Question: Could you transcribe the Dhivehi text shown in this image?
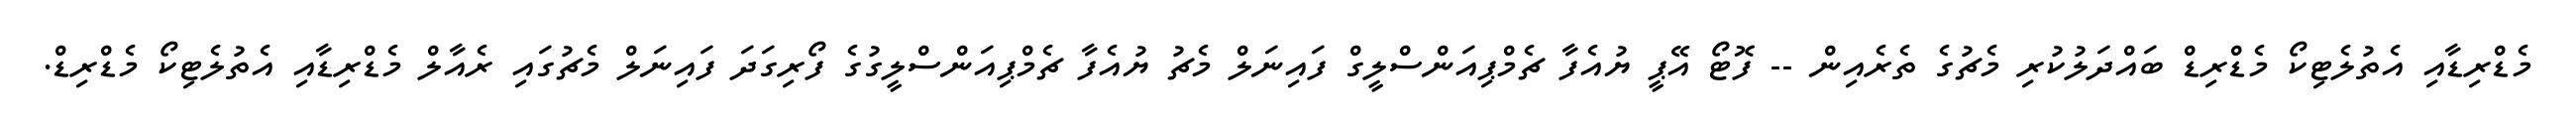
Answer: މެޑްރިޑާއި އެތުލެޓިކޯ މެޑްރިޑް ބައްދަލުކުރި މެޗުގެ ތެރެއިން -- ފޮޓޯ އޭޕީ ޔުއެފާ ޗެމްޕިއަންސްލީގް ފައިނަލް މެޗު ޔުއެފާ ޗެމްޕިއަންސްލީގުގެ ފޯރިގަދަ ފައިނަލް މެޗުގައި ރެއާލް މެޑްރިޑާއި އެތުލެޓިކޯ މެޑްރިޑް.